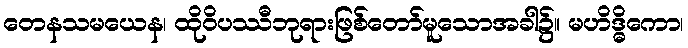
တေနသမယေန၊ ထိုဝိပဿီဘုရားဖြစ်တော်မူသောအခါ၌။ မဟိဒ္ဓိကော၊